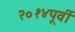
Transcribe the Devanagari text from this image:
२०१४पूर्वी